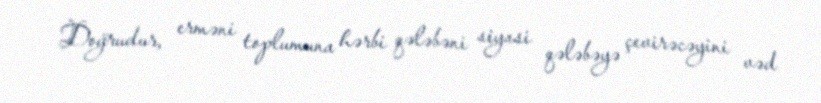
Doğrudur, erməni toplumuna hərbi qələbəni siyasi qələbəyə çevirəcəyini vəd